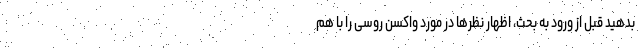
بدهید قبل از ورود به بحث، اظهار نظرها در مورد واکسن روسی را با هم